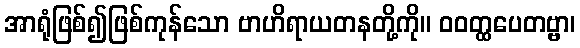
အာရုံဖြစ်၍ဖြစ်ကုန်သော ဗာဟိရာယတနတို့ကို။ ဝဝတ္ထပေတဗ္ဗာ၊